Report of the Indian Hemp Drugs Commission, 1894-1895 - Volume IV
Year: 1894
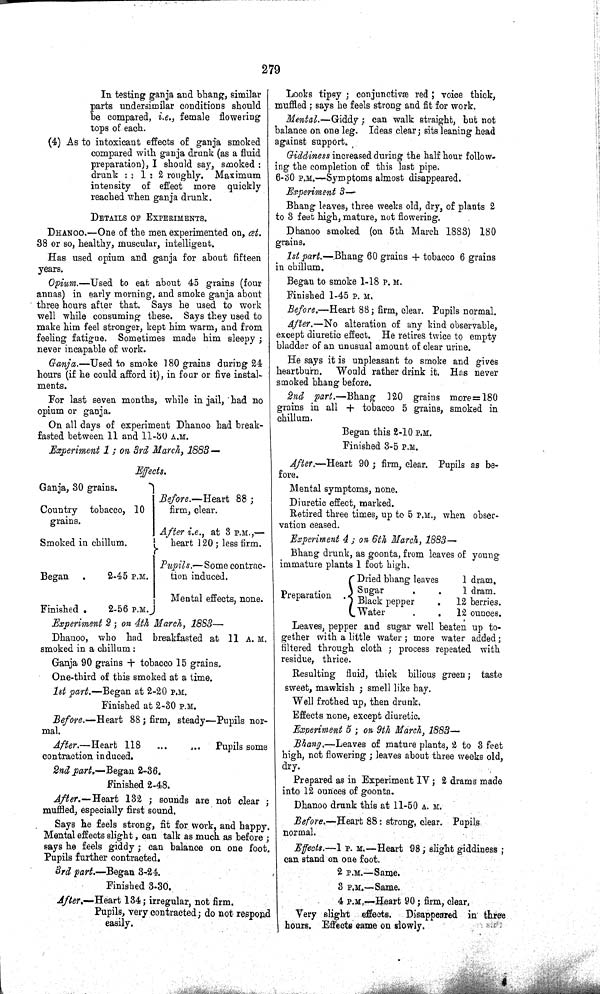
279
In testing ganja and bhang, similar
parts undersimilar conditions should
be compared, i.e., female
flowering
tops of each.
(4) As to intoxicant effects of ganja smoked
compared with ganja drunk (as a fluid
preparation), I should say, smoked:
drunk :: 1 : 2 roughly. Maximum
intensity of effect more quickly
reached when ganja drunk.
DETAILS OF EXPERIMENTS.
DHANOO.—One of the men experimented on, œt.
38 or so, healthy, muscular, intelligent.
Has used opium and ganja for about fifteen
years.
Opium.—Used to eat about 45 grains (four
annas) in early morning, and smoke ganja about
three hours after that. Says he used to work
well while consuming these. Says they used to
make him feel stronger, kept him warm, and from
feeling fatigue. Sometimes made him sleepy;
never incapable of work.
Ganja.—Used to smoke 180 grains during 24
hours (if he could afford it), in four or five instal-
ments.
For last seven months, while in jail, had no
opium or ganja.
On all days of experiment Dhanoo had break-
fasted between 11 and 11-30 A.M.
Experiment 1; on 3rd March, 1883—
Effects.
Ganja, 30 grains.
Before.—Heart
88;
Country tobacco, 10
firm, clear.
grains.
After i.e., at 3 P.M.,—
Smoked in chillum.
heart 120; less firm.
Pupils.—Some contrac-
Began
2-45 P.M.
tion induced.
Finished
2-56 P.M.
Mental effects, none.
Experiment 2; on 4th March, 1883—
Dhanoo, who had breakfasted at 11 A. M.
smoked in a chillum:
Ganja 90 grains + tobacco 15 grains.
One-third of this smoked at a time.
1st part.—Began at 2-20 P.M.
Finished at 2-30 P.M.
Before.—Heart
88; firm, steady—Pupils nor-
mal.
After.—Heart
118
Pupils some
contraction induced.
2nd part.—Began 2-36.
Finished 2-48.
After.—Heart
132;
sounds are not clear;
muffled, especially first sound.
Says he feels strong, fit for work, and happy.
Mental effects slight, can talk as much as before;
says he feels giddy; can balance on one foot.
Pupils further contracted.
3rd part.—Began 3-24.
Finished 3-30.
After.—Heart 134; irregular, not firm.
Pupils, very contracted; do not respond
easily.
Looks tipsy; conjunctivæ red; voice thick,
muffled; says he feels strong and fit for work.
Mental.—Giddy;
can walk straight, but not
balance on one leg. Ideas clear; sits leaning head
against support.
Giddiness increased during the half hour follow-
ing the completion of this last pipe.
6-30 P.M.—Symptoms almost disappeared.
Experiment 3—
Bhang leaves, three weeks old, dry, of plants 2
to 3 feet high, mature, not flowering.
Dhanoo smoked (on 5th March 1883) 180
grains.
1st part.—Bhang 60 grains + tobacco 6 grains
in chillum.
Began to smoke 1-18 P. M.
Finished 1-45 p. M.
Before.—Heart 88; firm, clear. Pupils normal.
After.—No alteration of any kind observable,
except diuretic effect. He retires twice to empty
bladder of an unusual amount of clear urine.
He says it is unpleasant to smoke and gives
heartburn.
Would rather drink it. Has never
smoked bhang before.
2nd part.—Bhang
120 grains more=180
grains in all + tobacco 5 grains, smoked in
chillum.
Began this 2-10 P.M.
Finished 3-5 P.M.
After.—Heart 90; firm, clear. Pupils as be-
fore.
Mental symptoms, none.
Diuretic effect, marked.
Retired three times, up to 5 P.M., when obser-
vation ceased.
Experiment 4; on 6th March, 1883—
Bhang drunk, as goonta, from leaves of young
immature plants 1 foot high.
Dried bhang leaves
1 dram.
Preparation
Sugar
1 dram.
Preparation
Black pepper
12 berries.
Water
12 ounces.
Leaves, pepper and sugar well beaten up to-
gether with a little water; more water added;
filtered through cloth; process repeated with
residue, thrice.
Resulting fluid, thick bilious green; taste
sweet, mawkish; smell like hay.
Well frothed up, then drunk.
Effects none, except diuretic.
Experiment 5; on 9th March, 1883—
Bhang.—Leaves of mature plants, 2 to 3 feet
high, not flowering; leaves about three weeks old,
dry.
Prepared as in Experiment IV; 2 drams made
into 12 ounces of goonta.
Dhanoo drunk this at 11-50 A. M.
Before.—Heart 88: strong, clear. Pupils
normal.
Effects.—1 P. M.—Heart 98; slight giddiness;
can stand on one foot.
2 P.M.—Same.
3 P.M.—Same.
4 P.M.—Heart 90; firm, clear.
Very slight effects.
Disappeared in three
hours. Effects came on slowly.